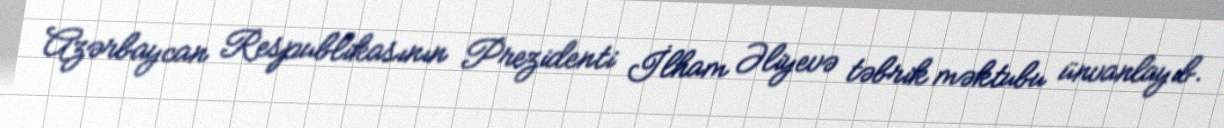
Azərbaycan Respublikasının Prezidenti İlham Əliyevə təbrik məktubu ünvanlayıb.